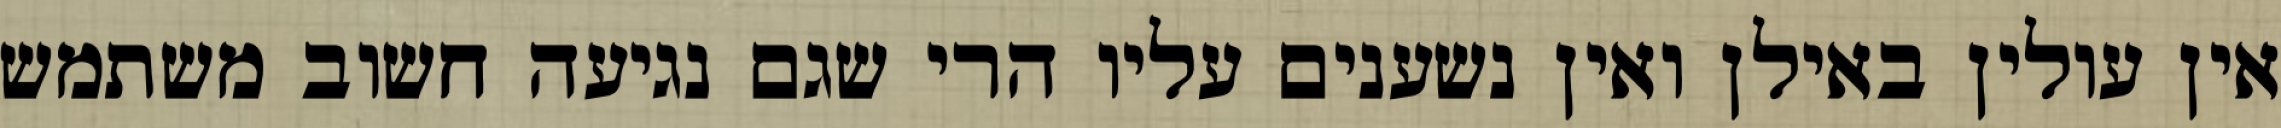
אין עולין באילן ואין נשענים עליו הרי שגם נגיעה חשוב משתמש